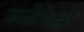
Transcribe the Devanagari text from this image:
ऊर्जेपेक्षा